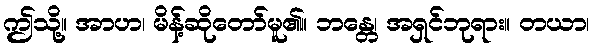
ဤသို့။ အာဟ၊ မိန့်ဆိုတော်မူ၏။ ဘန္တေ၊ အရှင်ဘုရား။ တယာ၊